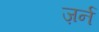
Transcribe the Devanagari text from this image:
ज़र्न